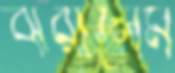
ঝরালেম